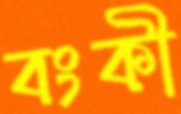
বংকী